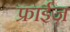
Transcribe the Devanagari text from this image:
फ्राईज़